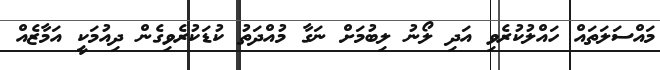
މައްސަލަތައް ހައްލުކުރެވި އަދި ލޯނު ލިބުމަށް ނަގާ މުއްދަތު ކުޑަކުރެވިގެން ދިއުމަކީ އަމާޒެއް